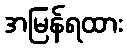
အမြန်ရထား